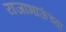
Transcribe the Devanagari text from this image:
राजाभाऊंच्या